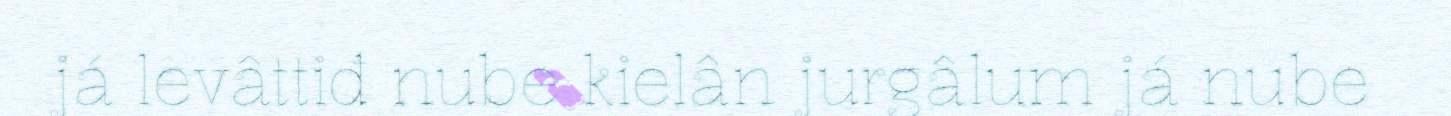
já levâttiđ nube kielân jurgâlum já nube